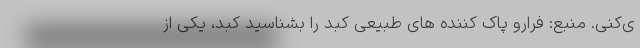
ی‌کنی. منبع: فرارو پاک کننده های طبیعی کبد را بشناسید کبد، یکی از